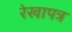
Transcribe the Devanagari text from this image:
रेखापत्र